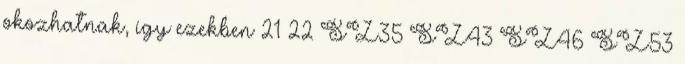
okozhatnak, így ezekben 21 22 SZ35 SZ43 SZ46 SZ53